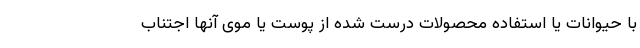
با حیوانات یا استفاده محصولات درست شده از پوست یا موی آنها اجتناب